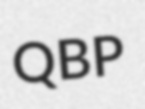
QBP